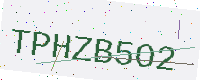
Text: TPHZB5O2